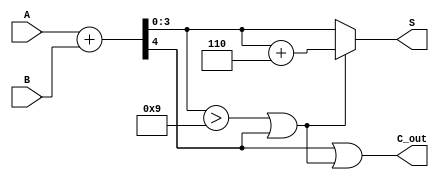
module BCD_Asynchronous_Adder (
    input  [3:0] A,      // First BCD digit
    input  [3:0] B,      // Second BCD digit
    output [3:0] S,      // BCD sum
    output C_out         // Carry output
);

    wire [4:0] Sum;      // 5-bit sum to accommodate carry
    wire C_temp;         // Temporary carry from the addition
    wire correction;      // Signal to indicate if correction is needed

    // Step 1: Calculate the initial binary sum
    assign Sum = A + B;  // 4-bit inputs, so we use 5 bits for the sum

    // Step 2: Determine if correction is needed
    assign C_temp = Sum[4]; // Carry out from the addition
    assign correction = (Sum[3:0] > 4'b1001) || C_temp; // Check if sum > 9 or carry out

    // Step 3: Calculate the final BCD result
    assign S = correction ? (Sum[3:0] + 4'b0110) : Sum[3:0]; // Add 6 if correction is needed
    assign C_out = C_temp || correction; // Set carry out if there's a carry or correction

endmodule